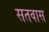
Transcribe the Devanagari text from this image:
सतवास